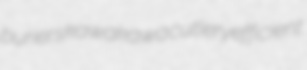
buriers kawakawa cutlery efficient